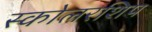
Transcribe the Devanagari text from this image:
स्कोलरशिप